Civil Veterinary Department. Madras. Admin. report 1910-25 - 1910-1925
Year: 1910
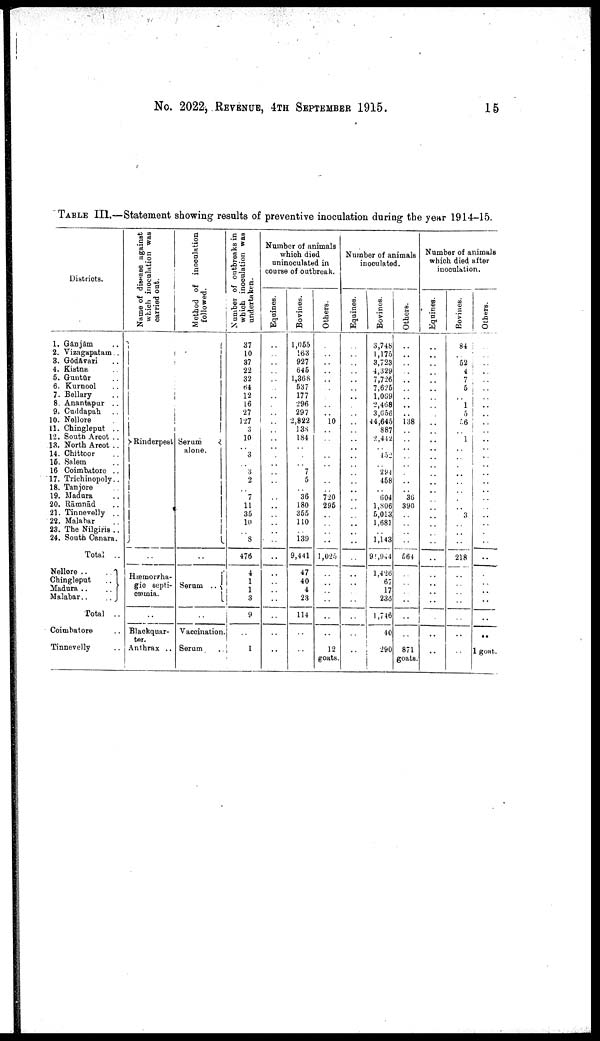
No. 2022, REVENUE, 4TH SEPTEMBER 1915.
15
TABLE III.—Statement showing results of preventive inoculation during the year 1914-15.
Districts.
1. Ganjam ..
2. Vizagapatam ..
3. Gōdāvari ..
4. Kistna ..
5. Guntūr ..
6. Kurnool ..
7. Bellary ..
8 Anantapur ..
9. Cuddapah ..
10. Nellore
11. Chingleput ..
12. South Arcot ..
13. North Arcot ..
14. Chittoor ..
16. Salem ..
16 Coimbatore ..
17. Trichinopoly ..
18. Tanjore
19. Madura ..
20. Rāmnād ..
21. Tinnevelly ..
22. Malabar ..
23. The Nilgiris ..
24. South Canara.
Total ..
Nellore ..
..
Chingleput
..
Madura ..
..
Malabar ..
..
Total
..
Coimbatore ..
Tinnevelly ..
Name of disease against
which inoculation was
carried out.
Rinderpest
Hæmorrha-
gic septi-
cæmia.
..
Blackquar-
ter.
Anthrax ..
Method of inoculation
followed.
Serum
alone.
Serum ..
..
Vaccination.
Serum .
Number of outbreaks in
which inoculation was
undertaken.
37
10
37
22
32
64
12
16
27
127
3
10
..
3
..
3
2
..
7
11
35
10
..
8
476
4
1
1
3
9
..
1
Number of animals
which died
uninoculated in
course of outbreak.
Equinies.
..
..
..
..
..
..
..
..
..
..
..
..
..
..
..
..
..
..
..
..
..
..
..
..
..
..
..
..
..
..
Bovines.
1,055
163
927
645
1,368
537
177
296
297
2,822
138
184
..
..
..
7
5
..
36
180
355
110
..
139
9,441
47
40
4
23
114
..
..
Others.
..
..
..
..
..
..
..
..
10
..
..
..
..
..
..
..
..
720
295
..
..
..
..
1,025
..
..
..
..
..
..
12
goats.
Number of animals
inoculated.
Equines.
..
..
..
..
..
..
..
..
..
..
..
..
..
..
..
..
..
..
..
..
..
..
..
..
..
..
..
..
..
..
..
Bovines.
3,748
1,175
3,723
4,329
7,726
7,625
1,069
2,468
3,656
4 4,645
887
2,412
..
432
..
294
458
..
604
1,806
5,013
1,681
..
1,143
91,944
1,426
67
17
236
1,746
40
290
Others.
..
..
..
..
..
..
..
..
..
138
..
..
..
.
..
..
..
..
36
396
..
..
..
..
564
..
..
..
..
..
..
871
goats.
Number of animals
which died after
inoculation.
Equinies.
..
..
..
..
..
..
..
..
..
..
..
..
..
..
..
..
..
.
..
..
..
.
..
..
..
..
..
..
..
..
Bovines.
84
..
52
4
7
5
..
1
5
46
..
1
..
.
..
..
..
..
..
..
3
..
..
..
218
..
..
..
..
.
..
..
Others.
..
..
..
..
..
..
..
..
..
..
..
..
..
.
..
..
..
..
..
.
..
..
.
..
..
..
..
..
..
..
..
1 goats.